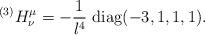
LaTeX: \begin{align*}{}^{(3)} H^\mu_\nu = -{1 \over l^4} \mbox{ diag}(-3,1,1,1).\end{align*}